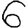
Digit: 6